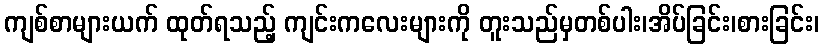
ကျစ်စာများယက် ထုတ်ရသည့် ကျင်းကလေးများကို တူးသည်မှတစ်ပါး၊အိပ်ခြင်း၊စားခြင်း၊